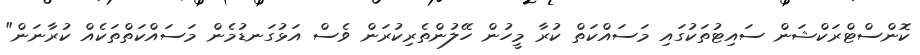
ކޮންސްޓްރަކްޝަން ސައިޓުތަކުގައި މަސައްކަތް ކުރާ މީހުން ހޭލުންތެރިކުރަން ވެސް އަޅުގަނޑުމެން މަސައްކަތްތަކެއް ކުރާނަން"